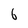
Character: 6